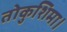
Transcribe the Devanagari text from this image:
तोकुशिमा।